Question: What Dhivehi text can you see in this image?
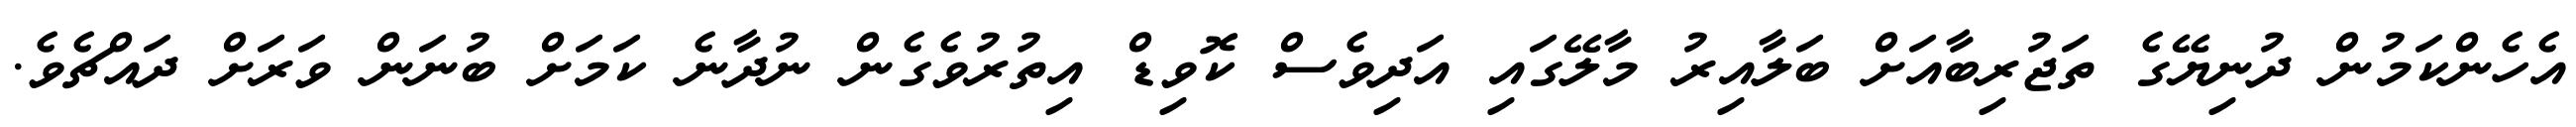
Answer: އެހެންކަމުން ދުނިޔޭގެ ތަޖުރިބާއަށް ބަލާއިރު މާލޭގައި އަދިވެސް ކޮވިޑް އިތުރުވެގެން ނުދާނެ ކަމަށް ބުނަން ވަރަށް ދައްޗެވެ.